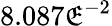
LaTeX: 8.087\mathfrak{E}^{-2}